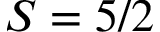
S = 5 / 2